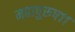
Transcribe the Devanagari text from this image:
महापुरुष११